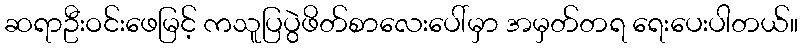
ဆရာဦးဝင်းဖေမြင့် ကသူပြပွဲဖိတ်စာလေးပေါ်မှာ အမှတ်တရ ရေးပေးပါတယ်။